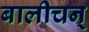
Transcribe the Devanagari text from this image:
बालीचन्